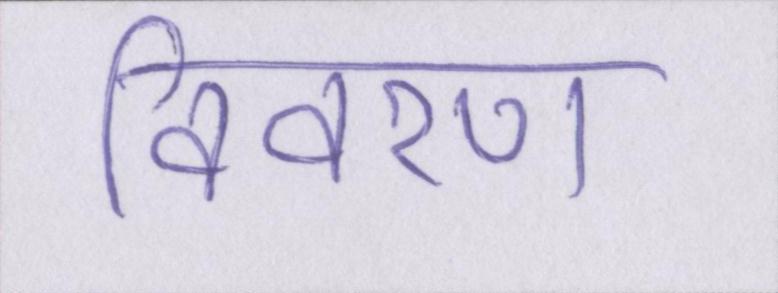
विवरण